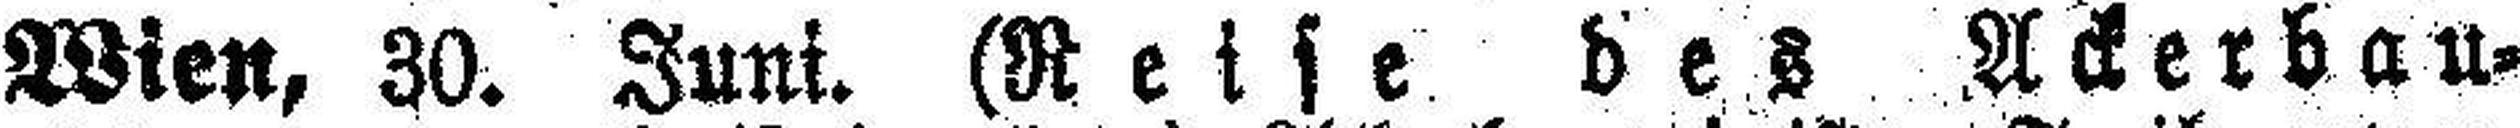
Wien, 30. Juni. (Reise des Ackerbau¬